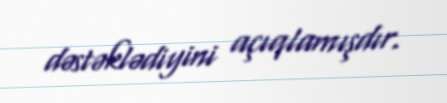
dəstəklədiyini açıqlamışdır.